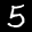
Label: 5